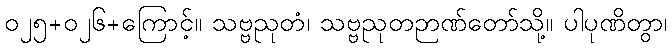
၀၂၅+၀၂၆+ကြောင့်။ သဗ္ဗညုတံ၊ သဗ္ဗညုတဉာဏ်တော်သို့။ ပါပုဏိတွာ၊